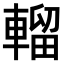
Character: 𨍸